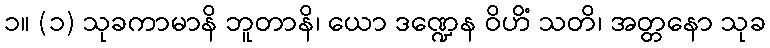
၁။ (၁) သုခကာမာနိ ဘူတာနိ၊ ယော ဒဏ္ဍေန ဝိဟိံ သတိ၊ အတ္တနော သုခ